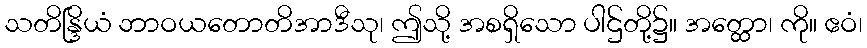
သတိန္ဒြိယံ ဘာဝယတောတိအာဒီသု၊ ဤသို့ အစရှိသော ပါဌ်တို့၌။ အတ္ထော၊ ကို။ ဧဝံ၊